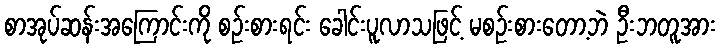
စာအုပ်ဆန်းအကြောင်းကို စဉ်းစားရင်း ခေါင်းပူလာသဖြင့် မစဉ်းစားတော့ဘဲ ဦးဘတူအား